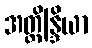
အတ္ထိန္ဒြိယာ